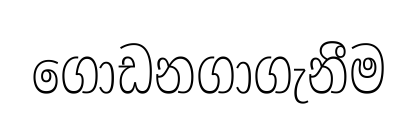
ගොඩනගාගැනීම